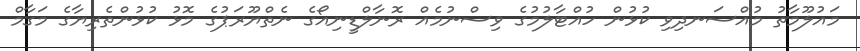
މައުލޫމާތު މުއްސަނދިވި ކުޅުން ހުއްޓާލުމުގެ ވިސްނުމެއް ރޮނާލްޑީނިއޯގެ ނެތްޔޫރަޕުގެ މޮޅު ކުޅުންތެރިޔާގެ މަގާމް